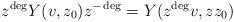
LaTeX: \begin{align*} z^{\deg}Y(v,z_0)z^{-\deg}=Y(z^{\deg}v,zz_0)\end{align*}